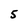
Character: 5